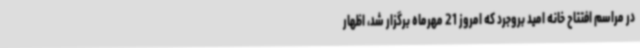
در مراسم افتتاح خانه امید بروجرد که امروز 21 مهرماه برگزار شد، اظهار